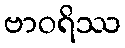
ဗာဝရိဿ